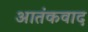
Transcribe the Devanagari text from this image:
अातंकवाद